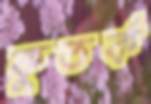
কুতর্ক